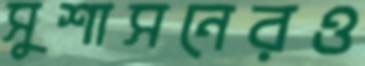
সুশাসনেরও